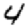
Digit: 4